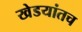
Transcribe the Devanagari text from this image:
खेडयांतच